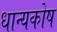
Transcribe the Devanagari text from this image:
धान्यकोष